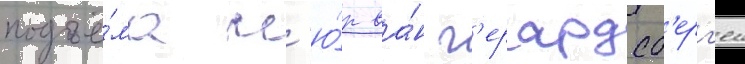
подъё́ма м'ю́р ва́н г'ерардсб'ерг'ен